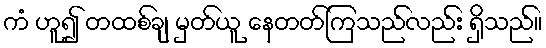
ကံ ဟူ၍ တထစ်ချ မှတ်ယူ နေတတ်ကြသည်လည်း ရှိသည်။